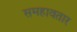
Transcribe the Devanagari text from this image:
समहावतार